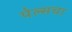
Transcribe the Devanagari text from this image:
पेल्सचा